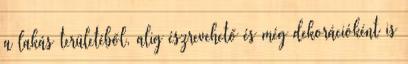
a lakás területéből, alig észrevehető és még dekorációként is